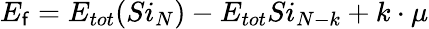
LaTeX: E_{\mathsf{f}}=E_{tot}(Si_{N})-E_{tot}Si_{N-k}+k\cdot\mu